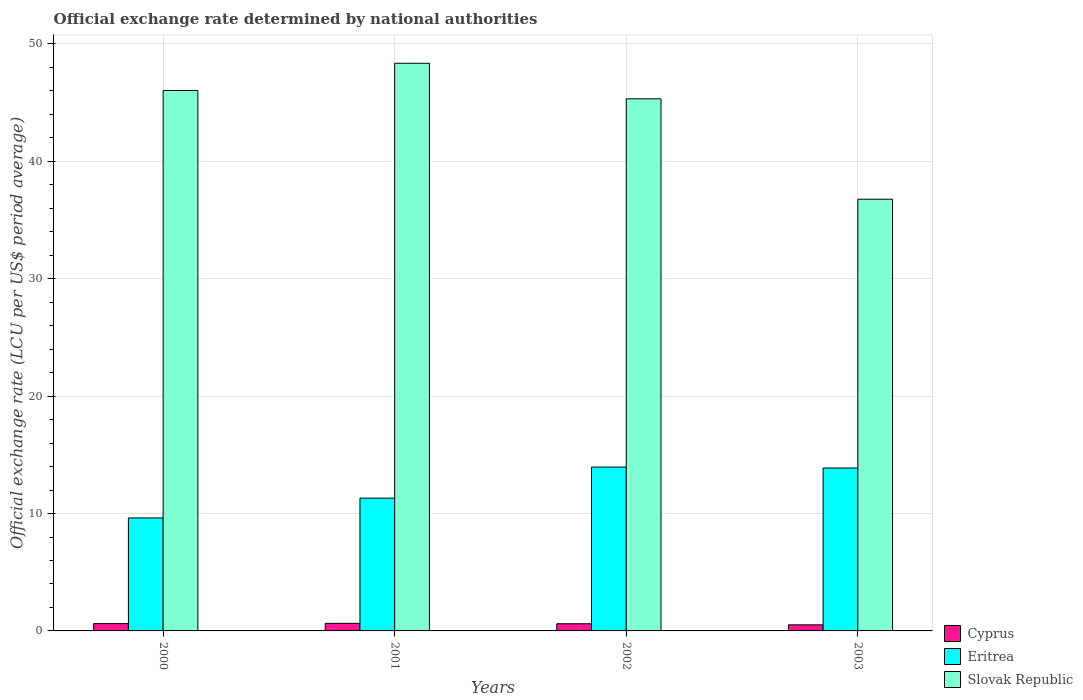
| Years | Cyprus | Eritrea | Slovak Republic |
 | --- | --- | --- | --- |
 | 2000 | 0.622 | 9.62 | 46 |
 | 2001 | 0.643 | 11.3 | 48.4 |
 | 2002 | 0.611 | 14 | 45.3 |
 | 2003 | 0.517 | 13.9 | 36.8 |